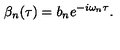
\beta _ { n } ( \tau ) = b _ { n } e ^ { - i \omega _ { n } \tau } .